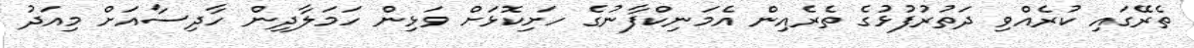
ތެރޭގައި ކުރެއްވި ދަތުރުފުޅުގެ ތެރެއިން އެމަނިކްފާނުގެ ހަށިކޮޅަށް ވަޅިން ހަމަލާދިން ހާދިސާއަށް މިއަދު